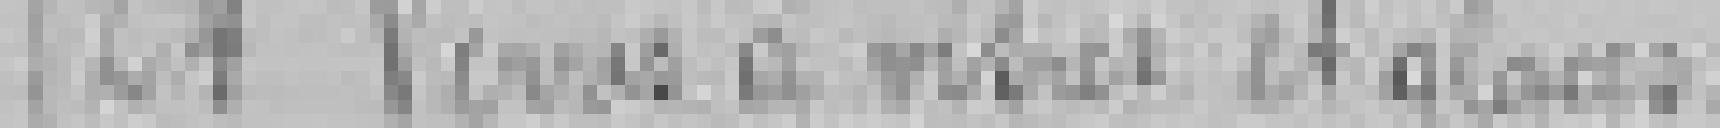
24. Verres à vitres et glaces